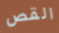
القص